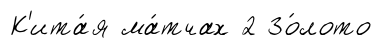
К'ита́я ма́тчах 2 Зо́лото